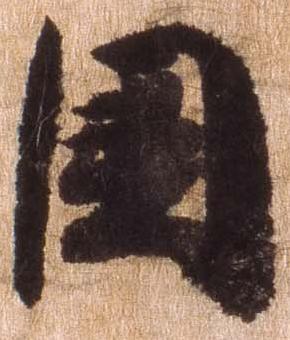
国